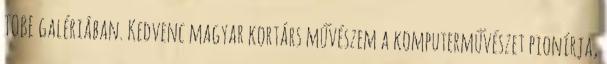
TOBE galériában. Kedvenc magyar kortárs művészem a komputerművészet pionírja,